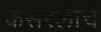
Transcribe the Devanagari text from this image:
कैसरलीचे